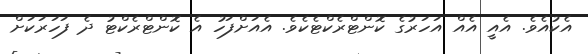
އެކުއެވެ. އެއީ އެއް އަހަރުގެ ކޮންޓްރެކްޓެކެވެ. އެއަށްފަހު އެ ކޮންޓްރެކްޓު ދެ ފަހަރަކަށް